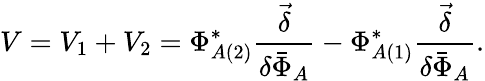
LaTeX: V=V_{1}+V_{2}=\Phi_{A(2)}^{*}\frac{\stackrel{\rightarrow}{\delta}}{\delta{\bar{\Phi}}_{A}}-\Phi_{A(1)}^{*}\frac{\stackrel{\rightarrow}{\delta}}{\delta{\bar{\Phi}}_{A}}.